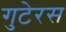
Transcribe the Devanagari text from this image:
गुटेरस